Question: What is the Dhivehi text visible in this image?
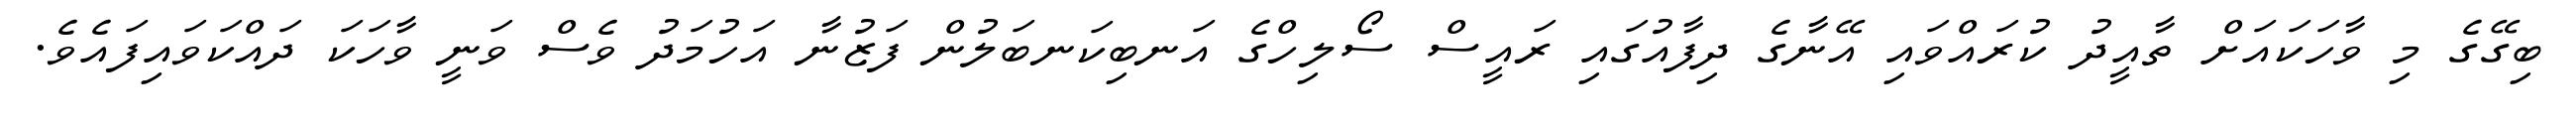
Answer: ބިގޭގެ މި ވާހަކައަށް ތާއީދު ކުރައްވައި އޭނާގެ ދިފާއުގައި ރައީސް ސޯލިހްގެ އަނބިކަނބަލުން ފަޒުނާ އަހުމަދު ވެސް ވަނީ ވާހަކަ ދައްކަވައިފައެވެ.